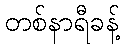
တစ်နာရီခန့်